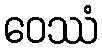
ဝေဿံ